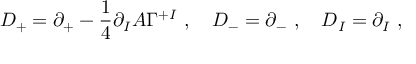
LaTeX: D _ { + } = \partial _ { + } - \frac { 1 } { 4 } \partial _ { I } A \Gamma ^ { + I } ~ , ~ ~ ~ D _ { - } = \partial _ { - } ~ , ~ ~ ~ D _ { I } = \partial _ { I } ~ ,